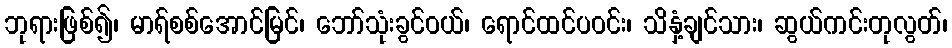
ဘုရားဖြစ်၍၊ မာရ်စစ်အောင်မြင်၊ ဘော်သုံးခွင်ဝယ်၊ ရောင်ထင်ပဝင်း၊ သိနှံ့ချင်သား၊ ဆွယ်ကင်းတုလွတ်၊